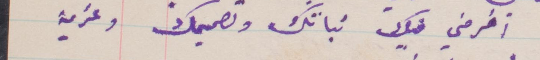
افرحني فيك ثباتك وتصميمك وعزيمة